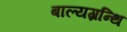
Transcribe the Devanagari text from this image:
बाल्यग्रन्थि